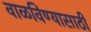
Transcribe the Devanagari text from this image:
वाळविण्यासाठी